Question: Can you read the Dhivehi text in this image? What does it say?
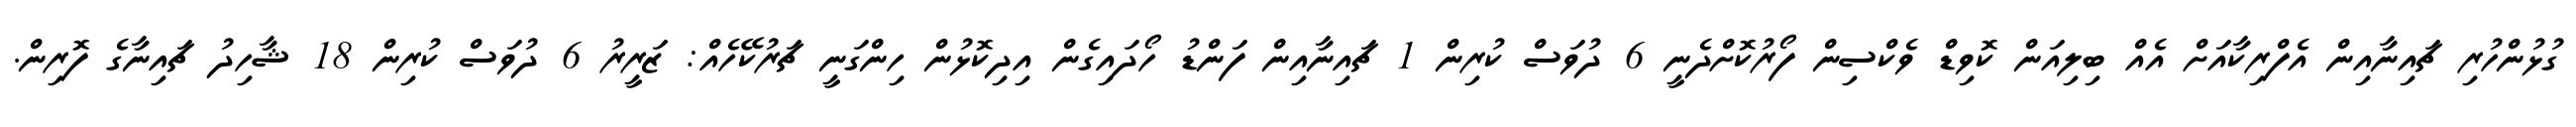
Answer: ގުޅުންހުރި ޗައިނާއިން އެފްރިކާއަށް އެއް ބިލިއަން ކޮވިޑް ވެކްސިން ފޯރުކޮށްދެނީ 6 ދުވަސް ކުރިން 1 ޗައިނާއިން ފަންޑު ހޯދައިގެން އިދިކޮޅުން ހިންގަނީ ޗަރުކޭހެއް: ޒަރީރު 6 ދުވަސް ކުރިން 18 ޝާހިދު ޗައިނާގެ ފޮރިން.